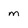
Character: m